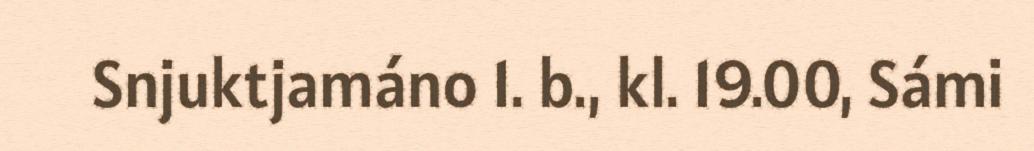
Snjuktjamáno 1. b., kl. 19.00, Sámi